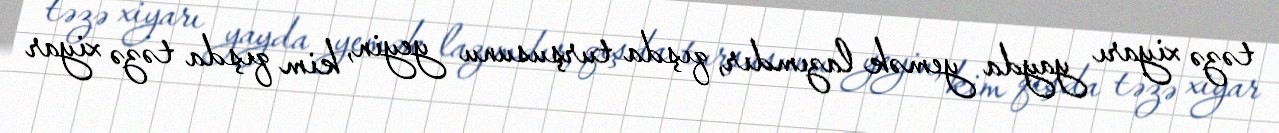
təzə xiyarı yayda yemək lazımdır, qışda turşusunu yeyin, kim qışda təzə xiyar